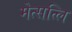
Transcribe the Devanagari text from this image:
मेत्सत्लि